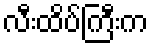
လီးထိပ်ကြီးက